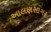
આલણસાગર